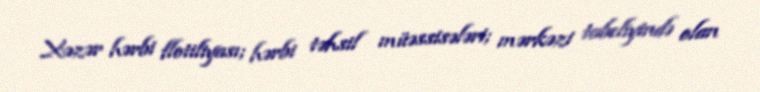
Xəzər hərbi flotiliyası; hərbi təhsil müəssisələri; mərkəzi tabeliyində olan